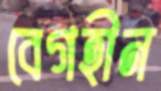
বেগহীন